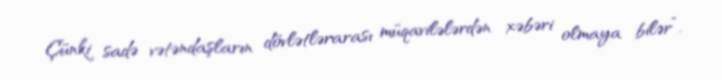
Çünki sadə vətəndaşların dövlətlərarası müqavilələrdən xəbəri olmaya bilər”.